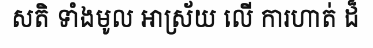
សតិ ទាំងមូល អាស្រ័យ លើ ការហាត់ ដ៏